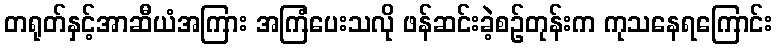
တရုတ်နှင့်အာဆီယံအကြား အကြံပေးသလို ဖန်ဆင်းခဲ့စဉ်တုန်းက ကုသနေရကြောင်း